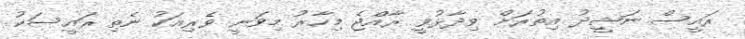
ރައީސް ނަޝީދު އިތުރަށް ވިދާޅުވީ ރާއްޖެ މިހާރު މިވަނީ ވެރިއަކު ނެތި ރައީސަކު